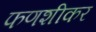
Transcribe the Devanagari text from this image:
फणशीकर